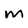
Character: m